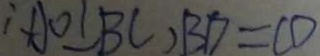
\therefore A O \bot B C , B D = C D